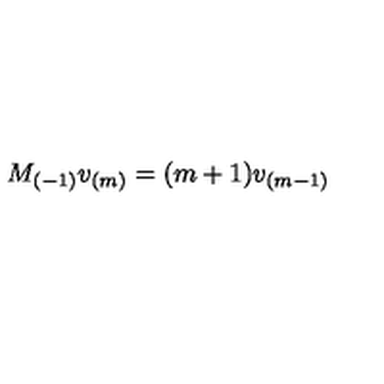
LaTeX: M _ { ( - 1 ) } v _ { ( m ) } = ( m + 1 ) v _ { ( m - 1 ) }